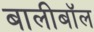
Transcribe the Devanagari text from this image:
बालीबॉल